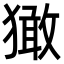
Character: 㺖